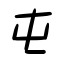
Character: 屯